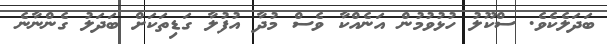
ބަދަލެކެވެ. ސްކޫލު ހުޅުވުމުން އަނެއްކާ ވެސް މުދާ އުފުލާ ގަޑިތަކަށް ބަދަލު ގެންނާނެ